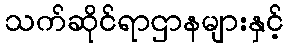
သက်ဆိုင်ရာဌာနများနှင့်